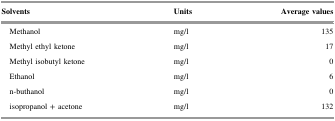
<table><thead><tr><td><b>Solvents</b></td><td><b>Units</b></td><td><b>Average values</b></td></tr></thead><tbody><tr><td> Methanol</td><td>mg/l</td><td>135</td></tr><tr><td> Methyl ethyl ketone</td><td>mg/l</td><td>17</td></tr><tr><td> Methyl isobutyl ketone</td><td>mg/l</td><td>0</td></tr><tr><td> Ethanol</td><td>mg/l</td><td>6</td></tr><tr><td> n-buthanol</td><td>mg/l</td><td>0</td></tr><tr><td> isopropanol + acetone</td><td>mg/l</td><td>132</td></tr></tbody></table>